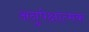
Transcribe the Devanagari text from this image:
अनुपेक्षात्मक